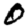
Digit: 0